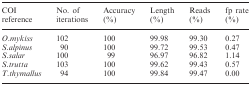
| COI reference | No. of iterations | Accuracy (%) | Length (%) | Reads (%) | fp rate (%) |
 | --- | --- | --- | --- | --- | --- |
 | O.mykiss | 102 | 100 | 99.98 | 99.30 | 0.27 |
 | S.alpinus | 90 | 100 | 99.72 | 99.53 | 0.47 |
 | S.salar | 100 | 99 | 96.97 | 96.82 | 1.14 |
 | S.trutta | 103 | 100 | 99.62 | 99.43 | 0.57 |
 | T.thymallus | 94 | 100 | 99.84 | 99.47 | 0.00 |